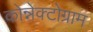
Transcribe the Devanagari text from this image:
कोन्नेक्टोग्राम